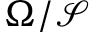
\Omega / \mathcal { S }